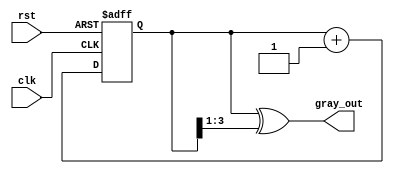
module gray_code_counter (
    input wire clk,          // Clock signal
    input wire rst,          // Asynchronous reset signal
    output reg [N-1:0] gray_out // Gray code output
);
    parameter N = 4; // Number of bits for the counter, can be adjusted as needed

    reg [N-1:0] bin_count; // Internal binary counter

    // Always block for synchronous reset and binary counting
    always @(posedge clk or posedge rst) begin
        if (rst) begin
            bin_count <= 0; // Reset binary counter to 0
        end else begin
            bin_count <= bin_count + 1; // Increment binary counter
        end
    end

    // Always block for Gray code conversion
    always @(bin_count) begin
        gray_out <= bin_count ^ (bin_count >> 1); // Convert binary to Gray code
    end

endmodule